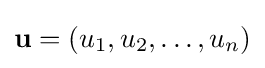
\mathbf {u} =(u_{1},u_{2},\ldots ,u_{n})